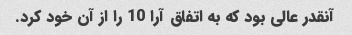
آنقدر عالی بود که به اتفاق آرا 10 را از آن خود کرد.